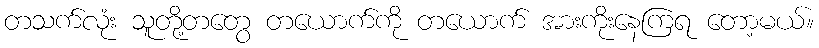
တသက်လုံး သူတို့တတွေ တယောက်ကို တယောက် အားကိုးနေကြရ တော့မယ်။